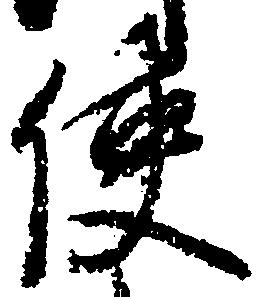
使